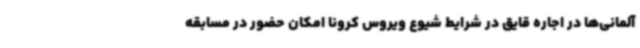
آلمانی‌ها در اجاره قایق در شرایط شیوع ویروس کرونا امکان حضور در مسابقه